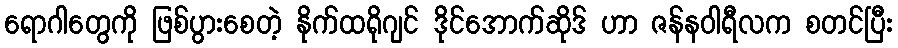
ရောဂါတွေကို ဖြစ်ပွားစေတဲ့ နိုက်ထရိုဂျင် ဒိုင်အောက်ဆိုဒ် ဟာ ဇန်နဝါရီလက စတင်ပြီး